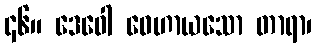
၄၆။ ဒေဝေါ ဝေဟာယသော တာရာ၊